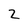
Character: 2